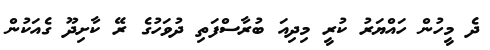
ދެ މީހުން ހައްޔަރު ކުރީ މިދިއަ ބުރާސްފަތި ދުވަހުގެ ރޭ ކާށިދޫ ގެއަކުން